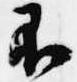
不